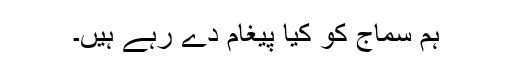
ہم سماج کو کیا پیغام دے رہے ہیں۔